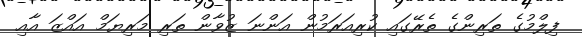
ފިލްމުގެ ތަރިންގެ ތެރޭގައި ކުރިއަރަމުން އަންނަ ޒުވާން ތަރި މަރިޔަމް އައްޒަ އާއި